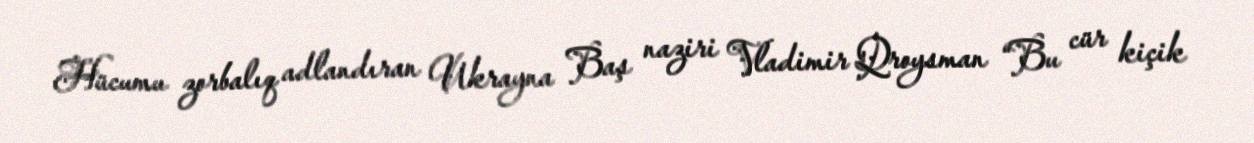
Hücumu zorbalıq adlandıran Ukrayna Baş naziri Vladimir Qroysman “Bu cür kiçik